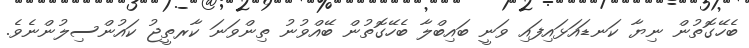
ބެހޭގޮތުން ނިޔާ ކަނޑައަޅައިފައި ވަނީ ބައިބްލާ ބެހޭގޮތުން ބޭއްވުނު ތިންވަނަ ކާރތީޖު ކައުންސިލުންނެވެ.